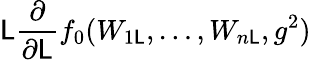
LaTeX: \mathsf{L}\frac{{\partial}}{{\partial\mathsf{L}}}f_{0}(W_{1\mathsf{L}},\ldots,W_{n\mathsf{L}},g^{2})